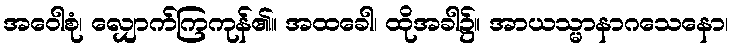
အဝေါစုံ၊ လျှောက်ကြကုန်၏။ အထခေါ၊ ထိုအခါ၌။ အာယသ္မာနာဂသေနော၊